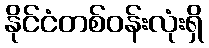
နိုင်ငံတစ်ဝန်းလုံးရှိ